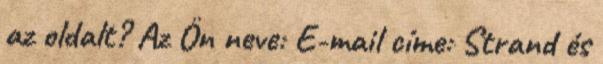
az oldalt? Az Ön neve: E-mail címe: Strand és